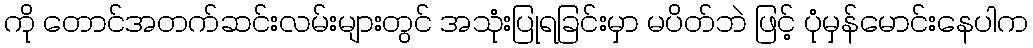
ကို တောင်အတက်ဆင်းလမ်းများတွင် အသုံးပြုရခြင်းမှာ မပိတ်ဘဲ ဖြင့် ပုံမှန်မောင်းနေပါက